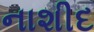
નાશીદ